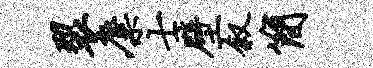
裂麋士壁叙简